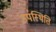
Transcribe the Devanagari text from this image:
उप॑स्थिति